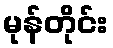
မုန်တိုင်း